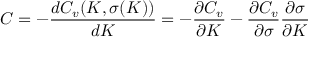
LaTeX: C = - { \frac { d C _ { v } ( K , \sigma ( K ) ) } { d K } } = - { \frac { \partial C _ { v } } { \partial K } } - { \frac { \partial C _ { v } } { \partial \sigma } } { \frac { \partial \sigma } { \partial K } }